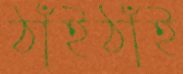
ঠাঁইঠাঁই